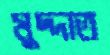
মুদ্দাত